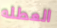
العطله